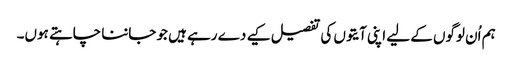
ہم اُن لوگوں کے لیے اپنی آیتوں کی تفصیل کیے دے رہے ہیں جو جاننا چاہتے ہوں۔